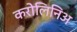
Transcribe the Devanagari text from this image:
करोलिनिअ